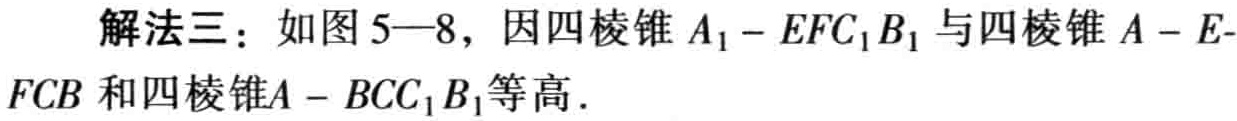
解法三：如图5—8，因四棱锥 \(A_{1}-EFC_{1}B_{1}\) 与四棱锥 \(A - EFCB\) 和四棱锥\(A - BCC_{1}B_{1}\)等高.